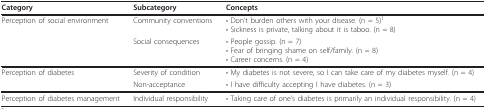
<table><thead><tr><td><b>Category</b></td><td><b>Subcategory</b></td><td><b>Concepts</b></td></tr></thead><tbody><tr><td>Perception of social environment</td><td>Community conventions</td><td>• Don&#x27;t burden others with your disease. (n = 5)<sup>1</sup>• Sickness is private, talking about it is taboo. (n = 8)</td></tr><tr><td></td><td>Social consequences</td><td>• People gossip. (n = 7)• Fear of bringing shame on self/family. (n = 8)• Career concerns. (n = 4)</td></tr><tr><td>Perception of diabetes</td><td>Severity of condition</td><td>• My diabetes is not severe, so I can take care of my diabetes myself. (n = 4)</td></tr><tr><td></td><td>Non-acceptance</td><td>• I have difficulty accepting I have diabetes. (n = 3)</td></tr><tr><td>Perception of diabetes management</td><td>Individual responsibility</td><td>• Taking care of one&#x27;s diabetes is primarily an individual responsibility. (n = 4)</td></tr></tbody></table>